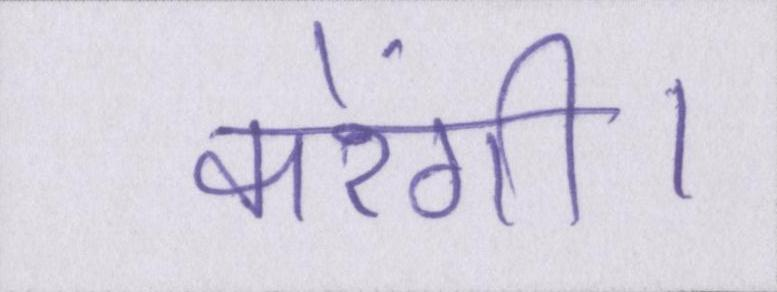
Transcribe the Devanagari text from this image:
करेंगी।